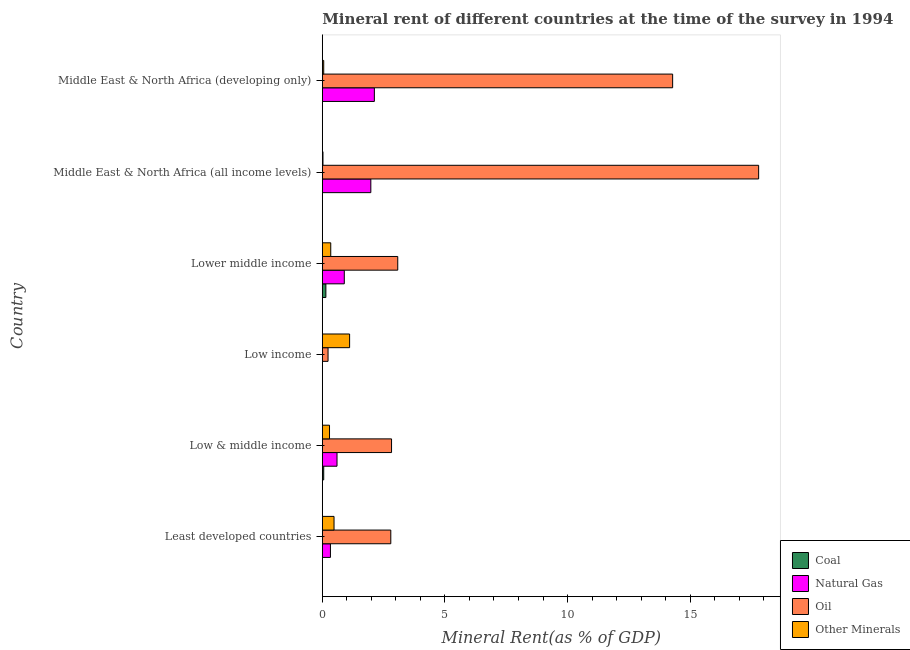
| Country | Coal | Natural Gas | Oil | Other Minerals |
 | --- | --- | --- | --- | --- |
 | Least developed countries | 0.000253 | 0.331 | 2.79 | 0.478 |
 | Low & middle income | 0.0565 | 0.599 | 2.82 | 0.293 |
 | Low income | 4.27e-05 | 1.67e-05 | 0.233 | 1.11 |
 | Lower middle income | 0.145 | 0.896 | 3.08 | 0.344 |
 | Middle East & North Africa (all income levels) | 0.000969 | 1.98 | 17.8 | 0.0269 |
 | Middle East & North Africa (developing only) | 0.00209 | 2.12 | 14.3 | 0.0566 |